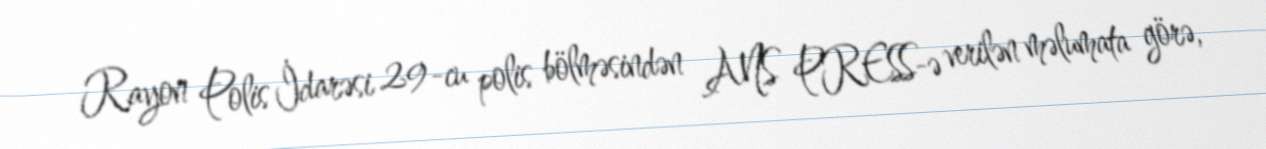
Rayon Polis İdarəsi 29-cu polis bölməsindən ANS PRESS-ə verilən məlumata görə,